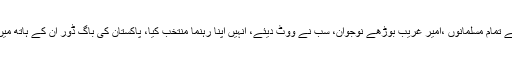
اس کے باوجود وہ واحد لیڈر تھے جسے تمام مسلمانوں ،امیر غریب بوڑھے نوجوان، سب نے ووٹ دیئے، انہیں اپنا رہنما منتخب کیا، پاکستان کی باگ ڈور اُن کے ہاتھ میں دی اور انہیں قائد اعظم کا خطاب دیا۔